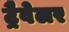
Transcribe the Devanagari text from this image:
ट्रैवेलर